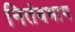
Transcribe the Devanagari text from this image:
नितंबभाग